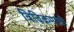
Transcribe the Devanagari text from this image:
त्रिविक्रमाची